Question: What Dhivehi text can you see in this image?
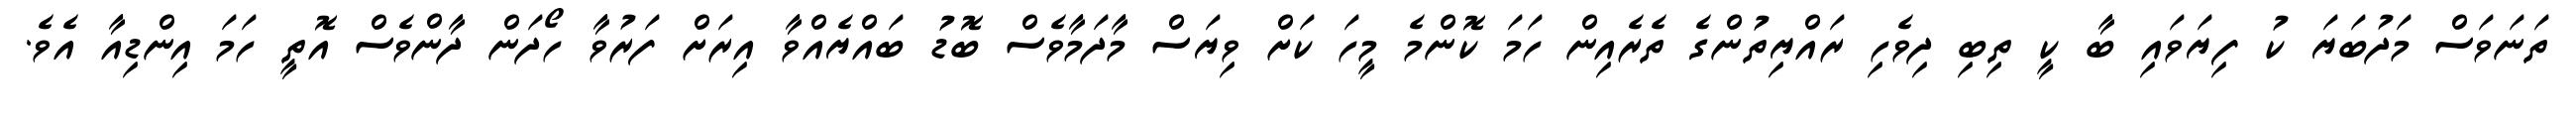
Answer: ތަނަވަސް މަދުބަޔަ ކު ފިޔަވައި ބާ ކީ ތިބި ދިވެހި ރައްޔިތުންގެ ތެރެއިން ހަމަ ކޮންމެ މީހަ ކަށް ވިޔަސް މާދަމާވެސް ބޮޑު ބައްޔެއްވާ އިރަށް ފަރުވާ ހޯދަން ދާންވެސް އޮތީ ހަމަ އިންޑިއާ އެވެ.